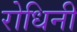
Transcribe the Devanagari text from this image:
रोधिनी